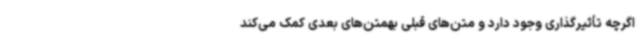
اگرچه تأثیرگذاری وجود دارد و متن‌های قبلی بهمتن‌های بعدی کمک می‌کند